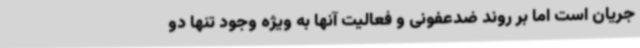
جریان است اما بر روند ضدعفونی و فعالیت آنها به ویژه وجود تنها دو